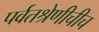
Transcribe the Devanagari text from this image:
पर्वतश्रेणीचीच